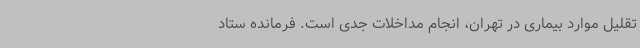
تقلیل موارد بیماری در تهران، انجام مداخلات جدی است. فرمانده ستاد